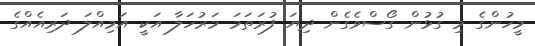
މީހުންގެ މި ގުޅުން ގޯސްވެގެން ދިޔަ ފުރަތަމަ މަރުހަލާ އަކީ އަމިއްލަ ދަރިއެއްގެ